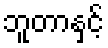
ဘူတာနှင့်